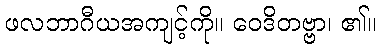
ဖလဘာဂီယအကျင့်ကို။ ဝေဒိတဗ္ဗာ၊ ၏။